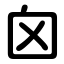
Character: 囟